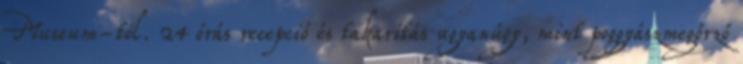
Museum-tól. 24 órás recepció és takarítás ugyanúgy, mint poggyászmegőrző